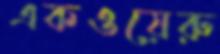
একওয়েরু